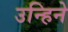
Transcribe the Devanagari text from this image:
उन्हिने